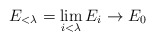
\begin{align*}E_{<\lambda}=\lim_{i<\lambda} E_i\to E_0\end{align*}